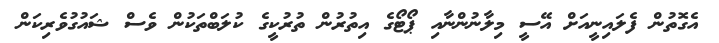
އެގޮތުން ފެލައިނީއަށް އޭސީ މިލާނުންނާއި ޕޯޓޯގެ އިތުރުން ތުރުކީގެ ކުލަބްތަކުން ވެސް ޝައުގުވެރިކަން